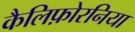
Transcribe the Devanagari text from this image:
कैलिफ़ोरनिया